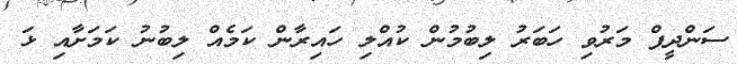
ސަންދީޕް މަރުވި ހަބަރު ލިބުމުން ކުއްލި ހައިރާން ކަމެއް ލިބުނު ކަމަށާއި ޅަ